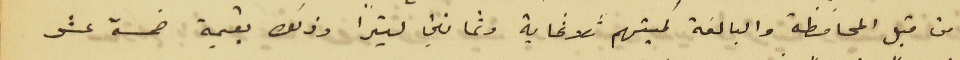
من قبل المحافظة والبالغة كميتهم ثلاثماية وثمانين ليتراً وذلك بقيمة خمسة عشر